On the importance of larval characters in the classification of mosquitoes - Number 25
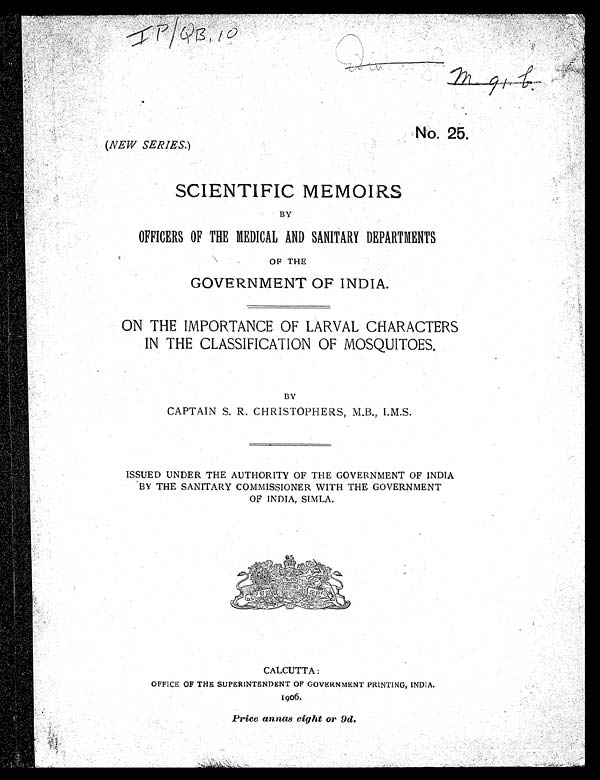
IP/QB, 10
No. 25.
( NEW SERIES. )
SCIENTIFIC MEMOIRS
BY
OFFICERS OF THE MEDICAL AND SANITARY DEPARTMENTS
OF THE
GOVERNMENT OF INDIA.
ON THE IMPORTANCE OF LARVAL CHARACTERS
IN THE CLASSIFICATION OF MOSQUITOES.
BY
CAPTAIN S. R. CHRISTOPHERS, M.B., I.M.S.
ISSUED UNDER THE AUTHORITY OF THE GOVERNMENT OF INDIA
BY THE SANITARY COMMISSIONER WITH THE GOVERNMENT
OF INDIA, SIMLA.
CALCUTTA:
OFFICE OF THE SUPERINTENDENT OF GOVERNMENT PRINTING, INDIA.
1906.
Price annas eight or 9d.